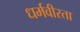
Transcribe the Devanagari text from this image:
धर्मवीरता